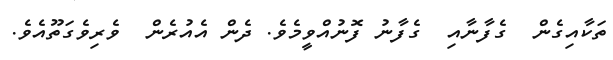
ތަކާއިގެން  ގެފާނާއި  ގެފާނު ފޮނުއްވީމެވެ. ދެން އެއުރެން  ވެރިވެގަތޫއެވެ.